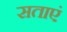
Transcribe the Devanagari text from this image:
सताएं